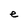
Character: e